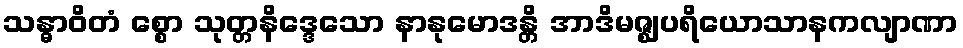
သန္ဓာဝိတံ စ္စော သုတ္တနိဒ္ဒေသော နာနုမောဒန္တိ အာဒိမဇ္ဈပရိယောသာနကလျာဏာ